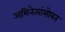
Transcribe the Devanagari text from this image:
अभिनेत्यांसोबत